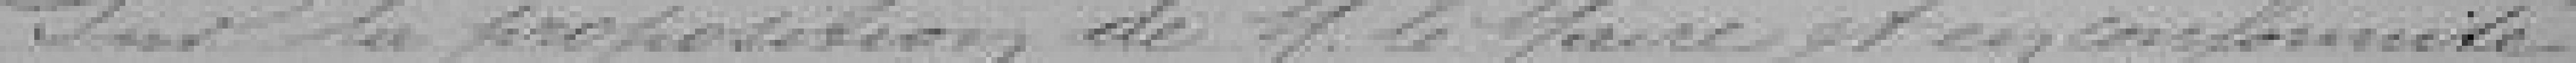
Sur la proposition de M. le Maire et en conformité